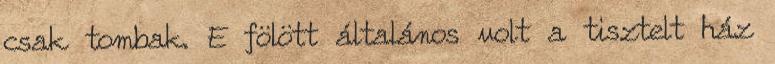
csak tombak. E fölött általános volt a tisztelt ház